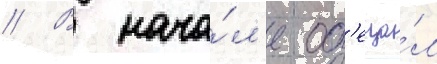
// В нача́л'е об'еща́л